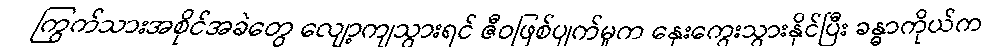
ကြွက်သားအစိုင်အခဲတွေ လျော့ကျသွားရင် ဇီဝဖြစ်ပျက်မှုက နှေးကွေးသွားနိုင်ပြီး ခန္ဓာကိုယ်က